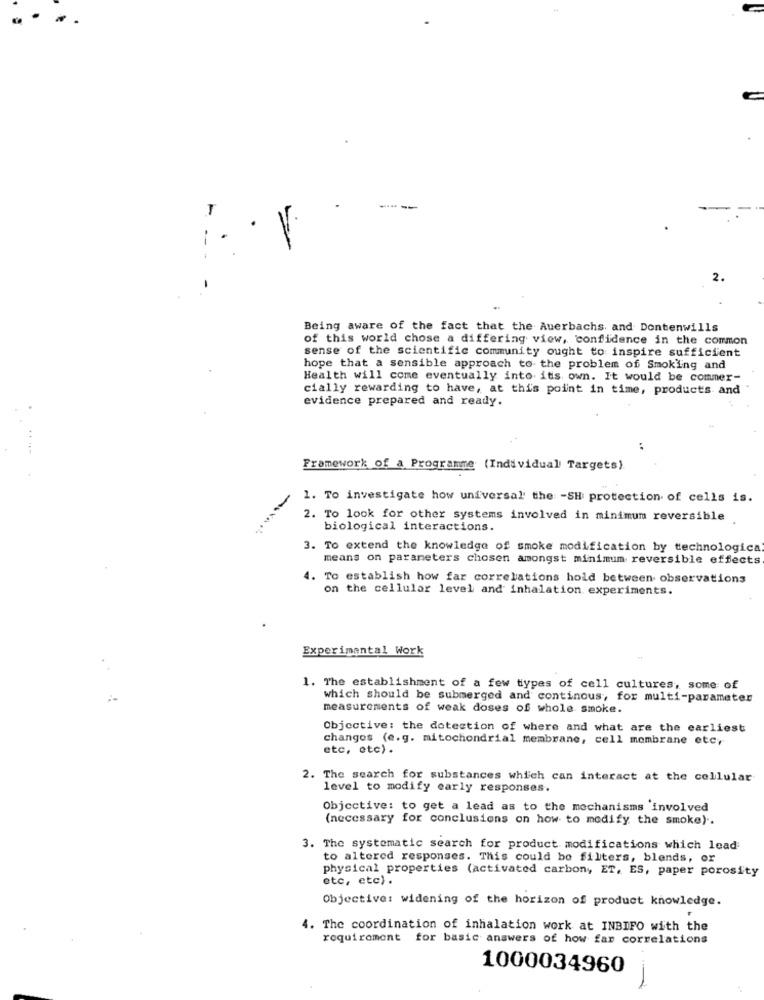
2.
Being aware of the fact that the Auerbachs and Dontenwills
of this world chose a differing view, confidence in the common
sense of the scientific community ought to inspire sufficient
hope that a sensible approach to the problem of Smoking and
Health will come eventually into its own. It would be commer-
cially rewarding to have, at this point in time, products and
evidence prepared and ready.
Framework of a Programme (Individual Targets).
1. To investigate how universal' the -SH protection of cells is.
2. To look for other systems involved in minimum reversible
----
biological interactions.
3. To extend the knowledge of smoke modification by technological
means on parameters chosen amongst minimum reversible effects
4. To establish how far correlations hold between observations
on the cellular level and inhalation experiments.
Experimental Work
1. The establishment of a few types of cell cultures, some of
which should be submerged and continous, for multi-parameter
measurements of weak doses of whole smoke.
Objective: the detection of where and what are the earliest
changes (e.g. mitochondrial membrane, cell membrane etc.
etc, etc).
2. The search for substances which can interact at the cellular
level to modify early responses.
Objective: to get a lead as to the mechanisms involved
(necessary for conclusions on how to modify the smoke) ..
3. The systematic search for product modifications which lead
to altered responses. This could be filters, blends, or
physical properties (activated carbon, ET, ES, paper porosity
etc, etc) .
Objective: widening of the horizon of product knowledge.
4. The coordination of inhalation work at INBIFO with the
requirement for basic answers of how far correlations
1000034960